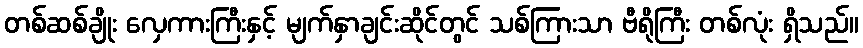
တစ်ဆစ်ချိုး လှေကားကြီးနှင့် မျက်နှာချင်းဆိုင်တွင် သစ်ကြားသာ ဗီရိုကြီး တစ်လုံး ရှိသည်။